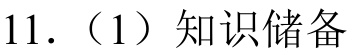
11.（1）知识储备